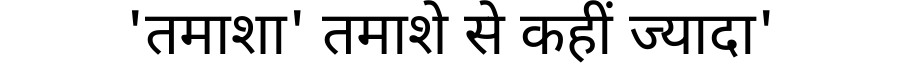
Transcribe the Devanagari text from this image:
'तमाशा' तमाशे से कहीं ज्यादा'